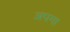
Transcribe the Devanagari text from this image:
अपगा